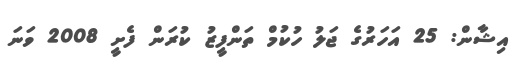
އިޝާން: 25 އަހަރުގެ ޖަލު ހުކުމް ތަންފީޒު ކުރަން ފެށީ 2008 ވަނަ